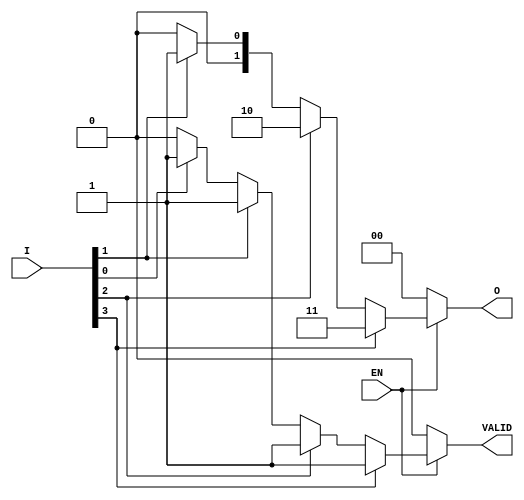
module priority_encoder (
    input wire [3:0] I,    // 4 input lines (I0, I1, I2, I3)
    input wire EN,         // Enable input
    output reg [1:0] O,    // 2-bit binary output
    output reg VALID       // Output indicating if any input is active
);

    always @(*) begin
        if (!EN) begin
            // If not enabled, set outputs to default
            O = 2'b00;
            VALID = 1'b0;
        end else begin
            // Default values
            O = 2'b00;
            VALID = 1'b0;

            // Check inputs from highest priority to lowest
            if (I[3]) begin
                O = 2'b11; // Output for I3
                VALID = 1'b1;
            end else if (I[2]) begin
                O = 2'b10; // Output for I2
                VALID = 1'b1;
            end else if (I[1]) begin
                O = 2'b01; // Output for I1
                VALID = 1'b1;
            end else if (I[0]) begin
                O = 2'b00; // Output for I0
                VALID = 1'b1;
            end
        end
    end

endmodule